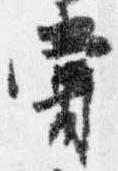
嘗